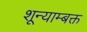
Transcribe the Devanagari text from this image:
शून्याम्बक्त